Annual administration report of the Civil Veterinary Department of India - 1898-1899
Year: 1898
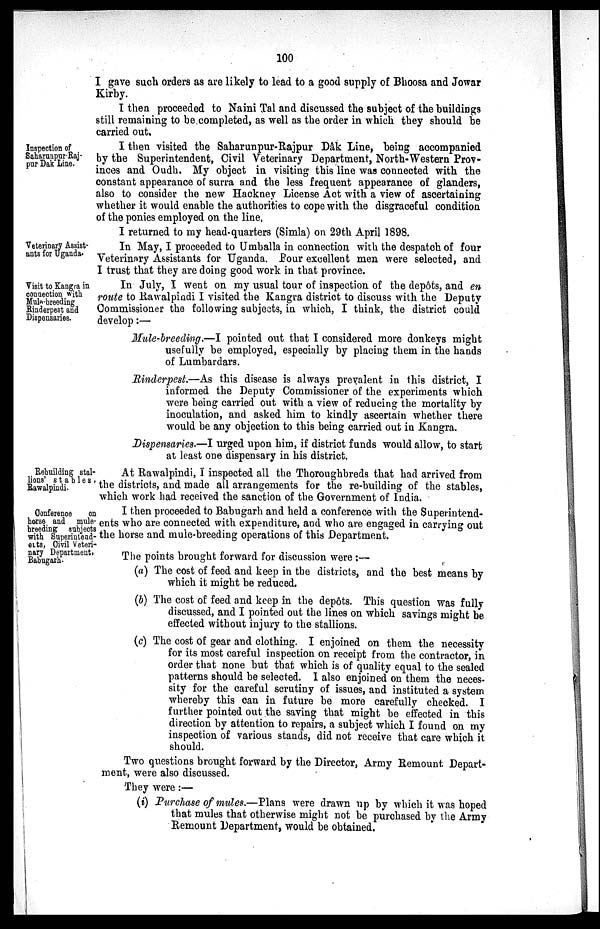
100
I gave such orders as are likely to lead to a good supply of Bhoosa and Jowar
Kirby.
I then proceeded to Naini Tal and discussed the subject of the buildings
still remaining to be completed, as well as the order in which they should be
carried out.
Inspection of
Saharunpur Raj-
pur Dak Line.
I then visited the Saharunpur-Rajpur Dâk Line, being accompanied
by the Superintendent, Civil Veterinary Department, North-Western Prov-
inces and Oudh. My object in visiting this line was connected with the
constant appearance of surra and the less frequent appearance of glanders,
also to consider the new Hackney License Act with a view of ascertaining
whether it would enable the authorities to cope with the disgraceful condition
of the ponies employed on the line.
I returned to my head-quarters (Simla) on 29th April 1898.
Veterinary Assist-
ants for Uganda.
In May, I proceeded to Umballa in connection with the despatch of four
Veterinary Assistants for Uganda. Four excellent men were selected, and
I trust that they are doing good work in that province.
Visit to Kangra in
connection with
Mule-breeding
Rinderpest and
Dispensaries.
In July, I went on my usual tour of inspection of the depôts, and en
route to Rawalpindi I visited the Kangra district to discuss with the Deputy
Commissioner the following subjects, in which, I think, the district could
develop:—
Mule-breeding.—I pointed out that I considered more donkeys might
usefully be employed, especially by placing them in the hands
of Lumbardars.
Rinderpest.—As this disease is always prevalent in this district, I
informed the Deputy Commissioner of the experiments which
were being carried out with a view of reducing the mortality by
inoculation, and asked him to kindly ascertain whether there
would be any objection to this being carried out in Kangra.
Dispensaries.—I urged upon him, if district funds would allow, to start
at least one dispensary in his district.
Rebuilding stal-
lions' stables,
Rawalpindi.
At Rawalpindi, I inspected all the Thoroughbreds that had arrived from
the districts, and made all arrangements for the re-building of the stables,
which work had received the sanction of the Government of India.
Conference
on
horse and mule-
breeding subjects
with Superintend-
erts, Civil Veteri-
nary Department,
Babugarh.
I then proceeded to Babugarh and held a conference with the Superintend-
ents who are connected with expenditure, and who are engaged in carrying out
the horse and mule-breeding operations of this Department.
The points brought forward for discussion were:—
(a) The cost of feed and keep in the districts, and the best means by
which it might be reduced.
(b) The cost of feed and keep in the depôts. This question was fully
discussed, and I pointed out the lines on which savings might be
effected without injury to the stallions.
(c) The cost of gear and clothing. I enjoined on them the necessity
for its most careful inspection on receipt from the contractor, in
order that none but that which is of quality equal to the sealed
patterns should be selected. I also enjoined on them the neces-
sity for the careful scrutiny of issues, and instituted a system
whereby this can in future be more carefully checked. I
further pointed out the saving that might be effected in this
direction by attention to repairs, a subject which I found on my
inspection of various stands, did not receive that care which it
should.
Two questions brought forward by the Director, Army Remount Depart-
ment, were also discussed.
They were:—
(i) Purchase of mules.—Plans were drawn up by which it was hoped
that mules that otherwise might not be purchased by the Army
Remount Department, would be obtained.